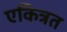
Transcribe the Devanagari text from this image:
एकित्रत